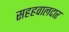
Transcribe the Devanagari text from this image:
सहहवालदार